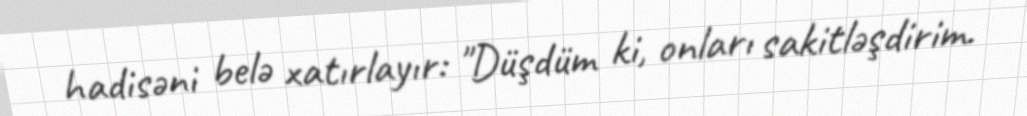
hadisəni belə xatırlayır: "Düşdüm ki, onları sakitləşdirim.